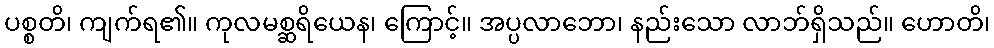
ပစ္စတိ၊ ကျက်ရ၏။ ကုလမစ္ဆရိယေန၊ ကြောင့်။ အပ္ပလာဘော၊ နည်းသော လာဘ်ရှိသည်။ ဟောတိ၊